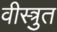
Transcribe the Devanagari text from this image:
वीस्त्रुत